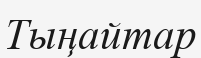
Тыңайтар